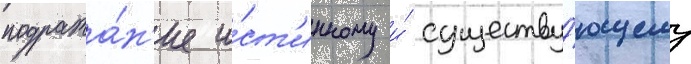
подража́н'ие и́ст'инному и́ существу́ющему